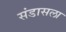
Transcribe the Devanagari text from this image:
संडासला